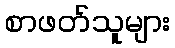
စာဖတ်သူများ